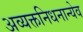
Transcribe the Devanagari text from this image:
अव्यक्तनिधनान्येव